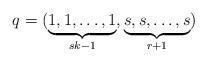
LaTeX: \begin{align*}q=(\underbrace{1,1,\ldots,1}_{sk-1 },\underbrace{s,s,\ldots,s}_{r+1 }) \, \end{align*}